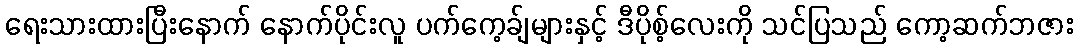
ရေးသားထားပြီးနောက် နောက်ပိုင်းလူ ပက်ကေ့ခ်ျများနှင့် ဒီပိုစ့်လေးကို သင်ပြသည် ကော့ဆက်ဘဇား